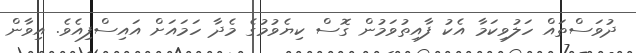
ދުވަސްތައް ހަލުވިކަމާ އެކު ފާއިތުވަމުން ގޮސް ކިޔެވުމުގެ މެދާ ހަމައަށް އައިސްފިއެވެ. އިވާން